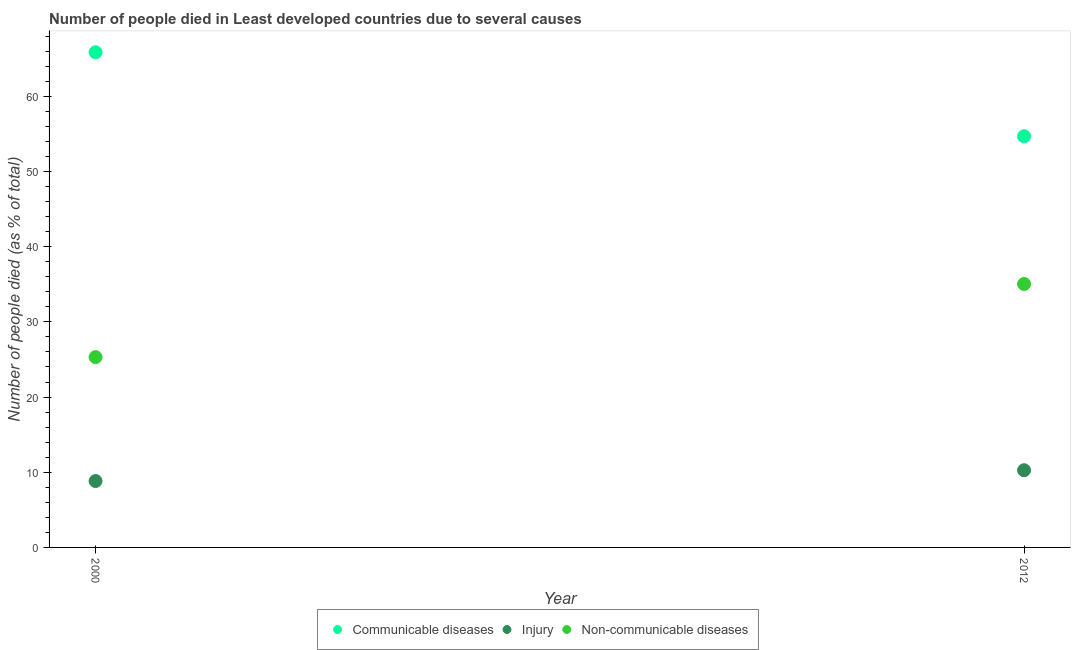
| Year | Communicable diseases | Injury | Non-communicable diseases |
 | --- | --- | --- | --- |
 | 2000 | 65.9 | 8.83 | 25.3 |
 | 2012 | 54.7 | 10.3 | 35 |